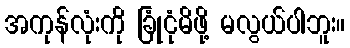
အကုန်လုံးကို ခြုံငုံမိဖို့ မလွယ်ပါဘူး။